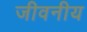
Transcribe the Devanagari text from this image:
जीवनीय